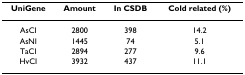
| UniGene | Amount | In CSDB | Cold related (%) |
 | --- | --- | --- | --- |
 | AsCI | 2800 | 398 | 14.2 |
 | AsNI | 1445 | 74 | 5.1 |
 | TaCI | 2894 | 277 | 9.6 |
 | HvCI | 3932 | 437 | 11.1 |